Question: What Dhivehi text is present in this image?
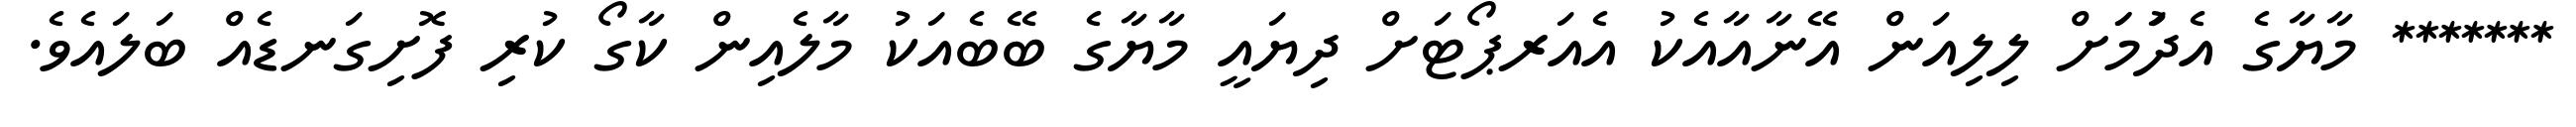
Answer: ******* މާޔާގެ އެދުަމަަށް ލިލިއަން އޭނާއާއެކު އެއަރޕޯޓަށް ދިޔައީ މާޔާގެ ބޭބެއަކު މާލެއިން ކާގޯ ކުރި ފޮށިގަނޑެއް ބަލައެވެ.